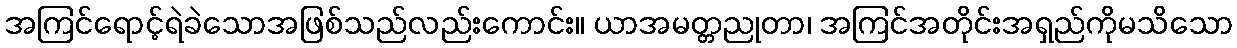
အကြင်ရောင့်ရဲခဲသောအဖြစ်သည်လည်းကောင်း။ ယာအမတ္တညုတာ၊ အကြင်အတိုင်းအရှည်ကိုမသိသော